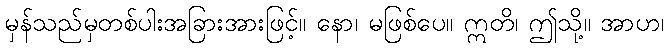
မှန်သည်မှတစ်ပါးအခြားအားဖြင့်။ နော၊ မဖြစ်ပေ။ ဣတိ၊ ဤသို့။ အာဟ၊